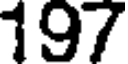
197